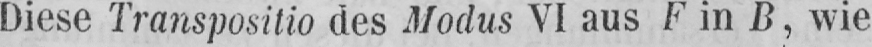
Diese Transpositio des Modus VI aus F in B, wie